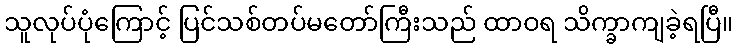
သူလုပ်ပုံကြောင့် ပြင်သစ်တပ်မတော်ကြီးသည် ထာဝရ သိက္ခာကျခဲ့ရပြီ။